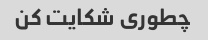
چطوری شکایت کن